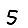
Digit: 5